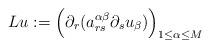
LaTeX: \begin{align*}Lu:=\Bigl(\partial_r(a^{\alpha\beta}_{rs}\partial_s u_\beta)\Bigr)_{1\leq\alpha\leq M}\end{align*}